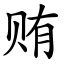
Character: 贿